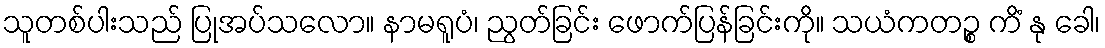
သူတစ်ပါးသည် ပြုအပ်သလော။ နာမရူပံ၊ ညွတ်ခြင်း ဖောက်ပြန်ခြင်းကို။ သယံကတဉ္စ ကိံ နု ခေါ၊